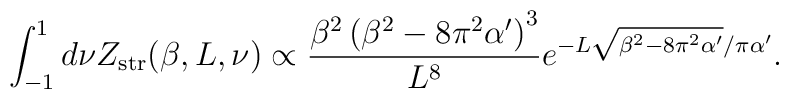
\int_{-1}^{1} {d\nu} Z_{\rm str}(\beta,L,\nu) \propto \frac{\beta^2 \left(\beta^2-8\pi^2\alpha'\right)^{3}}{L^8}e^{-L\sqrt{\beta^2-8\pi^2\alpha'}/\pi \alpha'}.